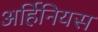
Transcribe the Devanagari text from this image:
अर्हिनियस